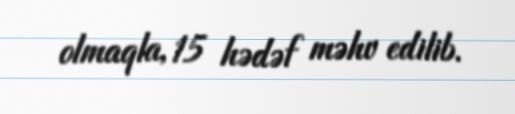
olmaqla, 15 hədəf məhv edilib.